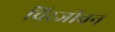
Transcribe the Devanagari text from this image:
चिरजीवन